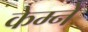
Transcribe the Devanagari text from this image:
केम्ने